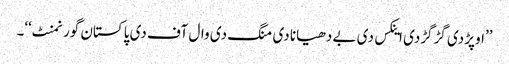
’’اوپڑ دی گڑگڑدی اینکس دی بے دھیانا دی منگ دی وال آف دی پاکستان گورنمنٹ‘‘۔